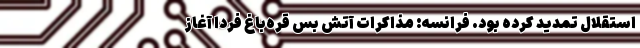
استقلال تمدید کرده بود. فرانسه: مذاکرات آتش‌ بس قره‌باغ فردا آغاز